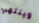
وينتهي